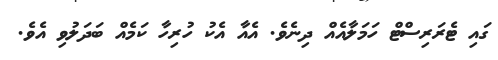
ގައި ޓެރަރިސްޓް ހަމަލާއެއް ދިނެވެ. އެއާ އެކު ހުރިހާ ކަމެއް ބަދަލުވި އެވެ.